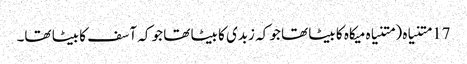
17 متنیاہ ( متنیاہ میکاہ کا بیٹا تھا جو کہ زبدی کا بیٹا تھا جو کہ آسف کا بیٹا تھا۔